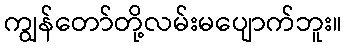
ကျွန်တော်တို့လမ်းမပျောက်ဘူး။